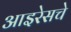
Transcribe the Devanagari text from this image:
आइरेसचे